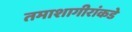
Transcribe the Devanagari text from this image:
तमाशागीरांकडे